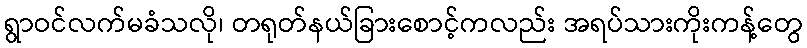
ရွာဝင်လက်မခံသလို၊ တရုတ်နယ်ခြားစောင့်ကလည်း အရပ်သားကိုးကန့်တွေ